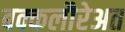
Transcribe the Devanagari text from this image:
बक्कलौरेअत